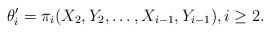
LaTeX: \begin{align*}\theta'_i=\pi_i(X_2,Y_2,\dots,X_{i-1},Y_{i-1}), i\ge 2.\end{align*}